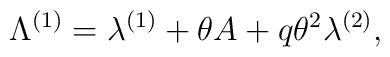
\Lambda^{(1)} = \lambda^{(1)} + \theta A + q \theta^2 \lambda^{(2)},